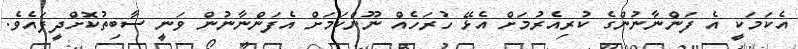
އެކަމަކީ އެ ފަންނާނުންގެ ކުރިއެރުމަށް އެޅޭ ހުރަހެއް ނޫންކަމަށް އެފަންނާނުން ވަނީ ސާބިތުކޮށްދީފައެވެ.